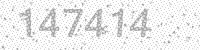
Solution: 147414